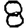
Digit: 8